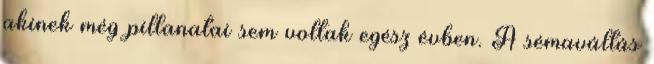
akinek még pillanatai sem voltak egész évben. A sémaváltás